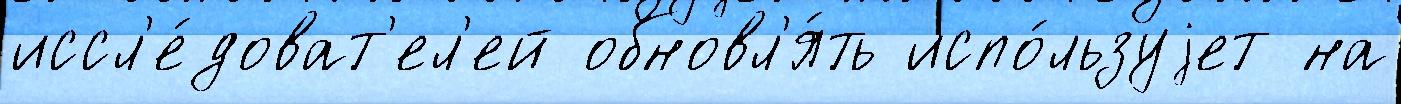
иссл'е́доват'ел'ей обновл'я́ть испо́льзуjет на